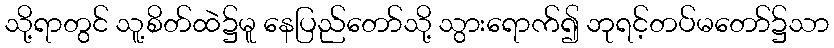
သို့ရာတွင် သူ့စိတ်ထဲ၌မူ နေပြည်တော်သို့ သွားရောက်၍ ဘုရင့်တပ်မတော်၌သာ